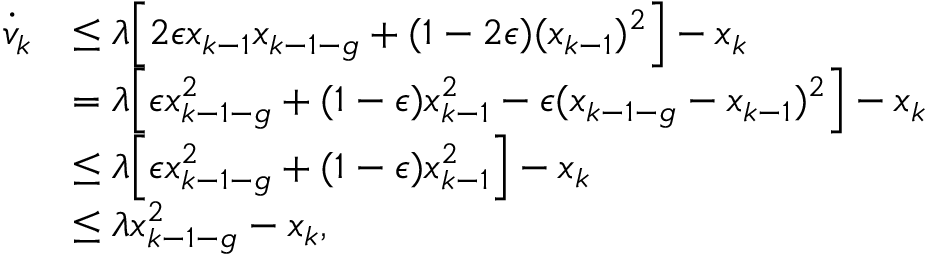
\begin{array} { r l } { \dot { v } _ { k } } & { \leq \lambda \Big [ 2 \epsilon x _ { k - 1 } x _ { k - 1 - g } + ( 1 - 2 \epsilon ) ( x _ { k - 1 } ) ^ { 2 } \Big ] - x _ { k } } \\ & { = \lambda \Big [ \epsilon x _ { k - 1 - g } ^ { 2 } + ( 1 - \epsilon ) x _ { k - 1 } ^ { 2 } - \epsilon ( x _ { k - 1 - g } - x _ { k - 1 } ) ^ { 2 } \Big ] - x _ { k } } \\ & { \leq \lambda \Big [ \epsilon x _ { k - 1 - g } ^ { 2 } + ( 1 - \epsilon ) x _ { k - 1 } ^ { 2 } \Big ] - x _ { k } } \\ & { \leq \lambda x _ { k - 1 - g } ^ { 2 } - x _ { k } , } \end{array}